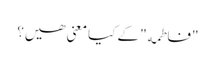
"فاطمه" کے کیا معنی ھیں؟